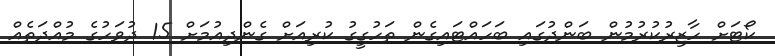
ކޯޓަށް ހާޒިރުކުރުމުން ބަންދުގައި ބަހައްޓައިގެން ތަހުގީގު ކުރިއަށް ގެންދިއުމަށް 15 ދުވަހުގެ މުއްދަތެއް